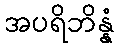
အပရိဘိန္နံ